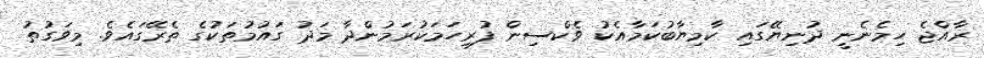
ރާއްޖެ ހިމެނެނީ ދުނިޔޭގައި ކާމިޔާބުކަމާއެކު ވެކްސިން ފުރިހަމަކުރަމުންދާ މަދު ގައުމުތަކުގެ ތެރޭގައެވެ. މިވަގުތު